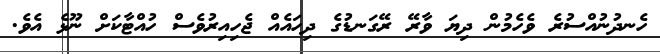
ހެނދުނުއްސުރެ ވެހެމުން ދިޔަ ވާރޭ ރޭގަނޑުގެ ދިހައެއް ޖެހިއިރުވެސް ހުއްޓާކަށް ނޫޅެ އެވެ.